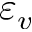
\varepsilon _ { v }